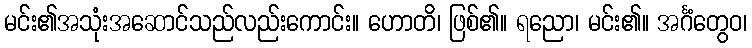
မင်း၏အသုံးအဆောင်သည်လည်းကောင်း။ ဟောတိ၊ ဖြစ်၏။ ရညော၊ မင်း၏။ အင်္ဂံတွေဝ၊